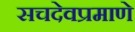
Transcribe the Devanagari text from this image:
सचदेवप्रमाणे